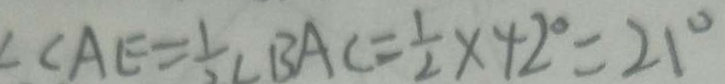
\angle A E = \frac { 1 } { 2 } B A C = \frac { 1 } { 2 } \times 4 2 ^ { \circ } = 2 1 ^ { \circ }